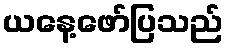
ယနေ့ဖော်ပြသည်